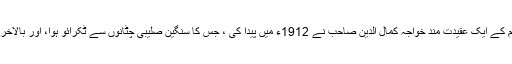
مغربی دنیا کے انسانی سمندر کے اندر اسلامی موج حضرت مرزا صاحب مجدد صدچہار دہم کے ایک عقیدت مند خواجہ کمال الدین صاحب نے 1912ء میں پیدا کی ، جس کا سنگین صلیبی چٹانوں سے ٹکرائو ہوا، اور بالآخر اس مرد مجاہد کی مساعی ، اور جماعت کی دعائوں اور قربانیوں نے ایک تَلاطُم پیدا کر دیا۔